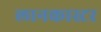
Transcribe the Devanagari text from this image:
लानकास्टर